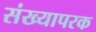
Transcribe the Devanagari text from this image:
संख्यापरक